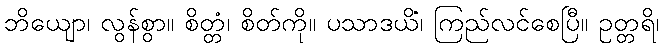
ဘိယျော၊ လွန်စွာ။ စိတ္တံ၊ စိတ်ကို။ ပသာဒယိံ၊ ကြည်လင်စေပြီ။ ဥတ္တရိ၊